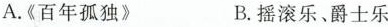
A.《百年孤独》 B.摇滚乐、爵士乐